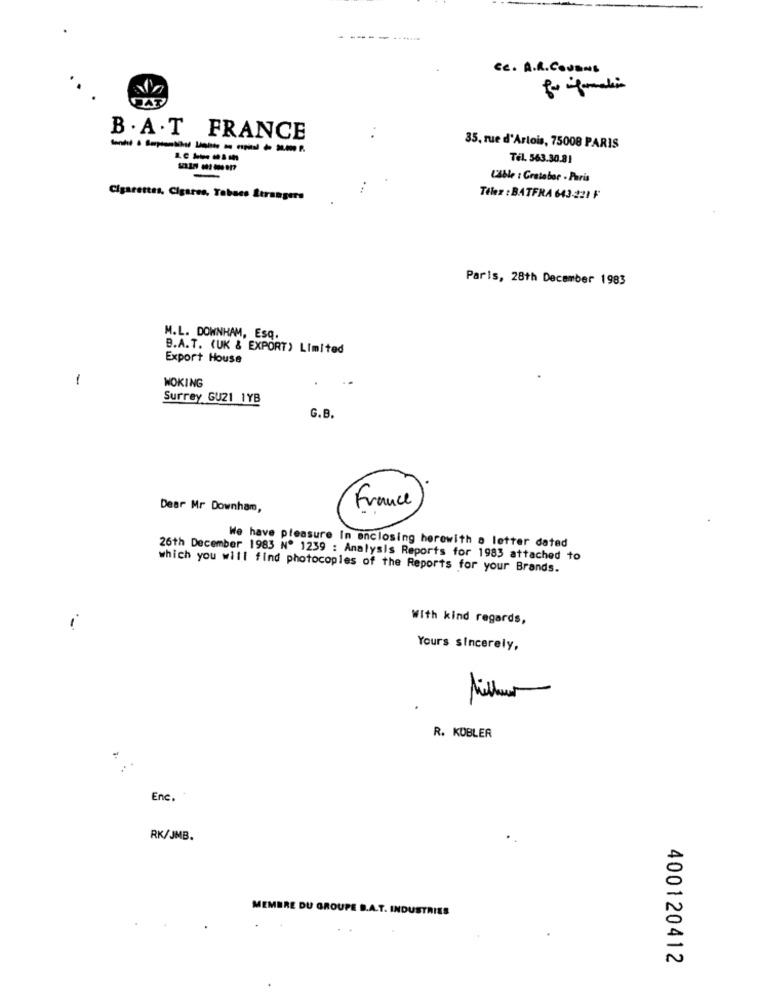
ce. A.R.COJENE
DAT
B . A . T FRANCE
---- - - - --
35, rue d'Artois, 75008 PARIS
Tél. 563.30.81
Lable : Gratabor - Paris
Cigarettes, Cigares, Tabaco Strangers
Télez : BATFRA 643-221 F
Paris, 28th December 1983
M.L. DOWNHAM, Esq.
B.A.T. (UK & EXPORT) Limited
Export House
-
WOKING
Surrey GU21 1YB
G.B.
Dear Mr Downham,
France
We have pleasure In enclosing herewith a letter dated
26th December 1983 Nº 1239 : Analysis Reports for 1983 attached to
which you will find photocopies of the Reports for your Brands.
With kind regards,
-
Yours sincerely,
2
R. KÜBLER
Enc.
RK/JMB.
MEMBRE DU GROUPE B.A.T. INDUSTRIES
..
400120412